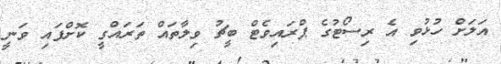
އަލަށް ހުޅުވި އެ ރިސޯޓުގެ ޕްރައިވެޓް ބީޗު ވިލާތައް ތަރައްގީ ކޮށްފައި ވަނީ